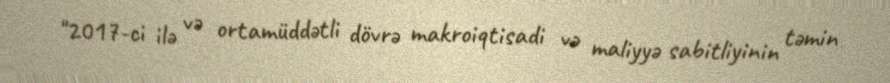
"2017-ci ilə və ortamüddətli dövrə makroiqtisadi və maliyyə sabitliyinin təmin